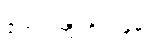
ဧရာဝတီတိုင်းနှင့်